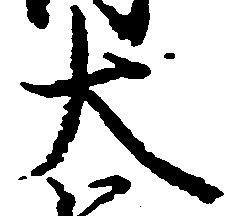
大